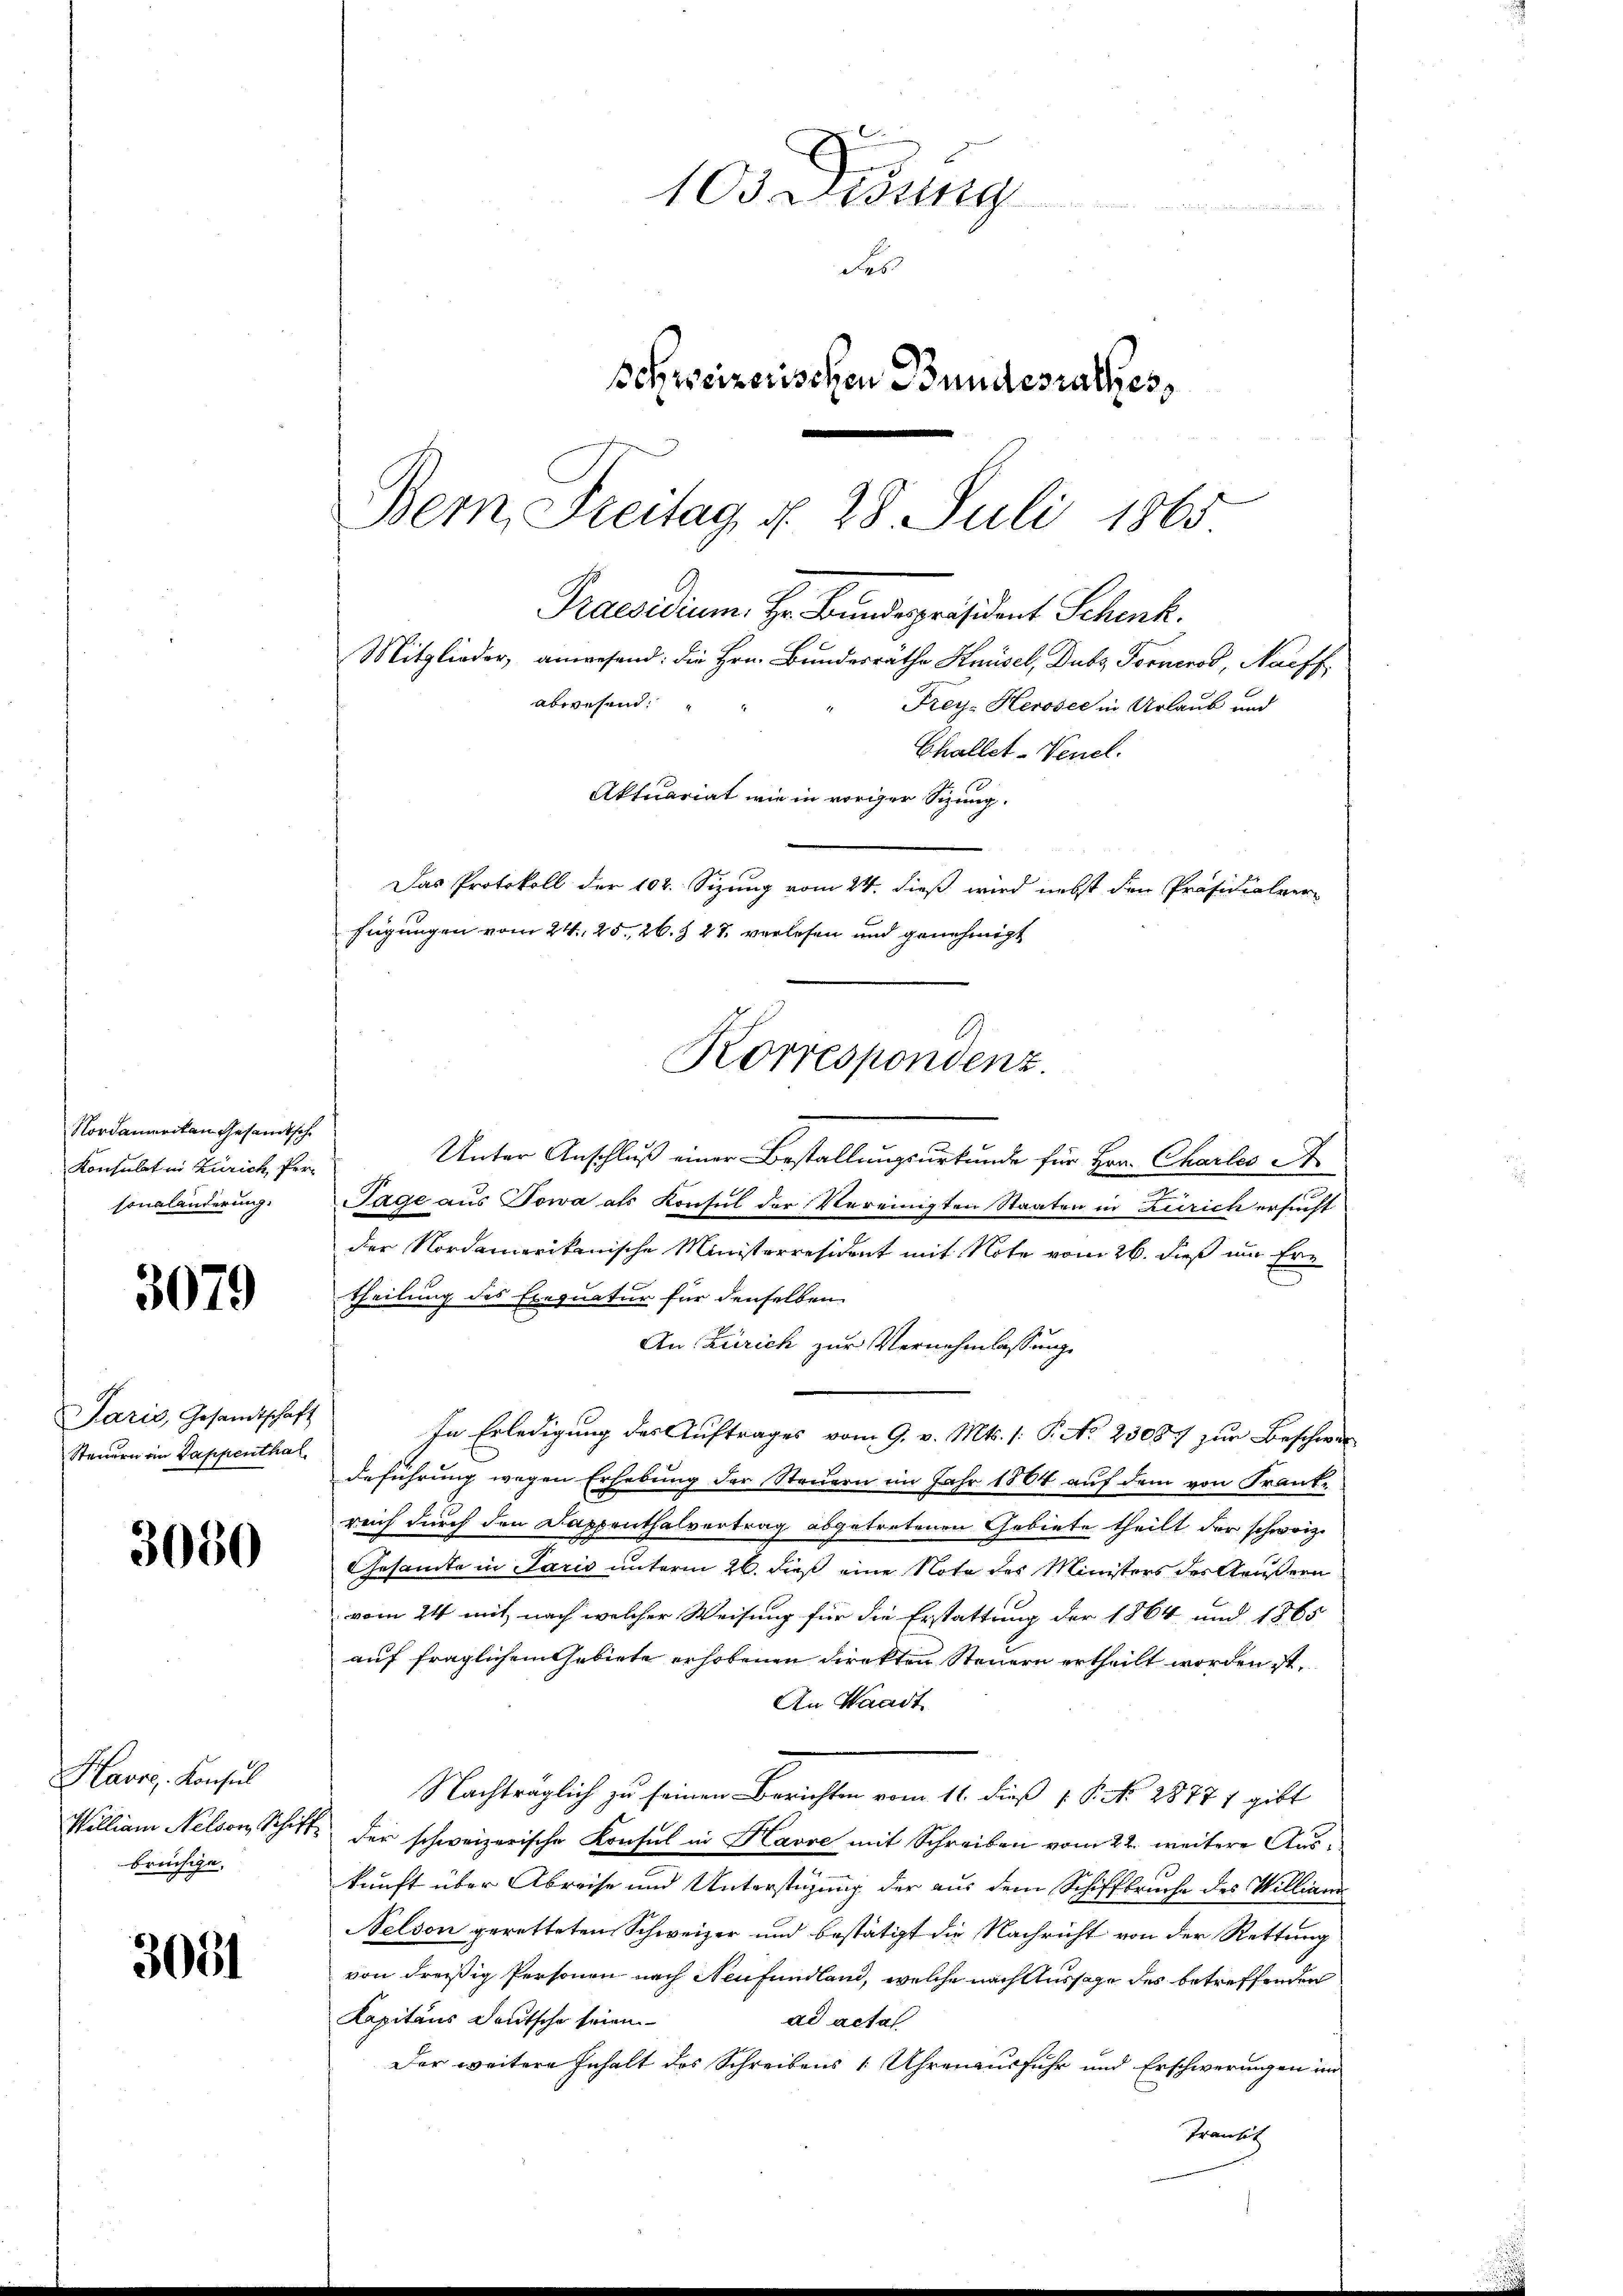
Nordamerikan gesandtsche
Konsulat in Zürich, Personalanderung.

3079

Jaris, Gesandtschaft
Steuern in Pappenthal

3050

Havos, Konsul
William Nelson, Schif
brüchige.

3051

105. Didung
des
Schweizerischen Bundesrathes,
Bern Freitag d. 28. Juli 1865

Praesidium. Hr. Bundespräsident Schenk.
Mitglieder anwesend: die Hrn. Bundesrathe Knüsel, Dubs, Fornerod, Nachf
abwesend:
Frey-Heroser in Urlaub und
Challet-Venel.
Aktuariat wie in voriger Sizung.
Das Protokoll der 102. Sizung vom 24. dieß wird nebst den Präsidialver
fügungen vom 24. 25. 26. § 27. verlesen und genehmigt
.
Korrespondenz

Unter Anschluß einer Bestallungsurkunde für Hrn. Chartes A
Tage aus Towa als Konsul der Vereinigten Staaten in Zürich ersucht
der Nordamerikanische Ministerresident mit Note vom 26. dieß um Ertheilung des Exequatur für denselben
An Zürich zur Vernehmlassung
In Erledigung des Auftrages vom 9. v. Mts. 1. P. No. 23087 zur Beschwer
Beführung wegen Erhebung der Steuern im Jahr 1864 auf dem von Frankreich durch den Dappenthalvertrag abgetretenen Gebiete theilt der schwarz
GGesamte in Paris unterm 26. dieß eine Note des Ministers des Aeußern
vom 24 mit nach welcher Weisung für die Erstattung der 1864 und 1865
auf fraglichem Gebiete erhobenen Direkten Steuern ertheilt worden ist,
An Waadt
Nachtraglich zu seinen Berichten vom 16. dieß 18. No. 18771 gibt
der schweizerische Konsul in Havre mit Schreiben vom 2t. weitere Auskunft über Abreise und Unterstüzung der aus dem Schiffbruche des Williani
Nelson geretteten Schweizer und bestätigt die Nachricht von der Rettung
von dreißig Personen nach Neufundland, welche nach Aussage des betreffenden
Kapitaus deutsche seien
ad actal
Der weitere Inhalt des Schreibens 1 Uhrenausfuhr und Erschwerungen im
Transit